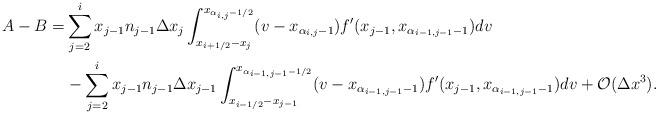
LaTeX: \begin{align*}A-B = & \sum_{j=2}^{i} x_{j-1} n_{j-1} \Delta x_j \int_{x_{i+1/2}-x_j}^{x_{\alpha_{i,j}-1/2}} (v-x_{\alpha_{i,j}-1})f'(x_{j-1},x_{\alpha_{i-1,j-1}-1}) dv\\&-\sum_{j=2}^{i} x_{j-1} n_{j-1} \Delta x_{j-1} \int_{x_{i-1/2}-x_{j-1}}^{x_{\alpha_{i-1,j-1}-1/2}} (v-x_{\alpha_{i-1,j-1}-1}) f'(x_{j-1},x_{\alpha_{i-1,j-1}-1}) dv + {\cal O}(\Delta x^3).\end{align*}